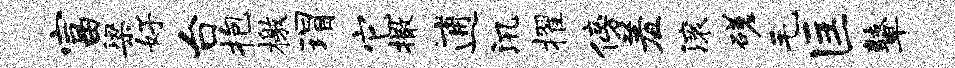
富梁好台抱檄瑁它撒逋汛擢傍羞滚磋毛匡鼙